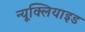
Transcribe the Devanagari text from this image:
न्यूक्लियाइड